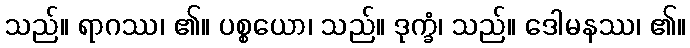
သည်။ ရာဂဿ၊ ၏။ ပစ္စယော၊ သည်။ ဒုက္ခံ၊ သည်။ ဒေါမနဿ၊ ၏။